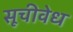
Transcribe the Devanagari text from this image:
सूचीवेध